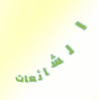
الشائعات